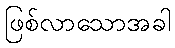
ဖြစ်လာသောအခါ